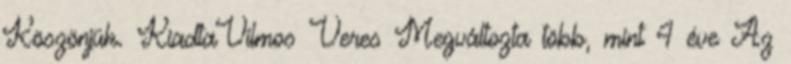
Köszönjük. KiadtaVilmos Veres Megváltozta több, mint 4 éve Az